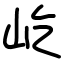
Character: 屹